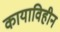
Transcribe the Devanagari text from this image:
कायाविहीन